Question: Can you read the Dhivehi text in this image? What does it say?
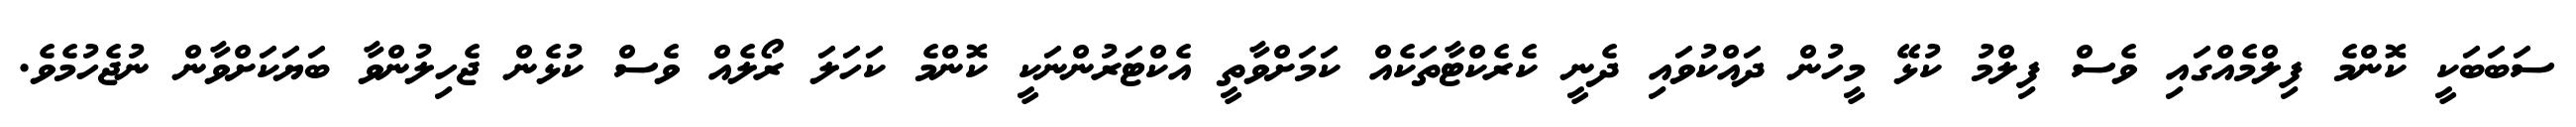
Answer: ސަބަބަކީ ކޮންމެ ފިލްމެއްގައި ވެސް ފިލްމު ކުޅޭ މީހުން ދައްކުވައި ދެނީ ކެރެކްޓާތަކެއް ކަމަށްވާތީ އެކްޓަރުންނަކީ ކޮންމެ ކަހަލަ ރޯލެއް ވެސް ކުޅެން ޖެހިލުންވާ ބަޔަކަށްވާން ނުޖެހުމެވެ.